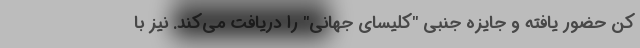
کن حضور یافته و جایزه جنبی "کلیسای جهانی" را دریافت می‌کند. نیز با